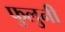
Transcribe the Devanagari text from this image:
फुलुनी